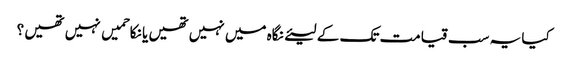
کیا یہ سب قیامت تک کے لیئے نگاہ میں نہیں تھیں یا نکاحمیں نہیں تھیں ؟